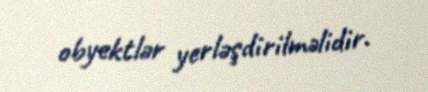
obyektlər yerləşdirilməlidir.